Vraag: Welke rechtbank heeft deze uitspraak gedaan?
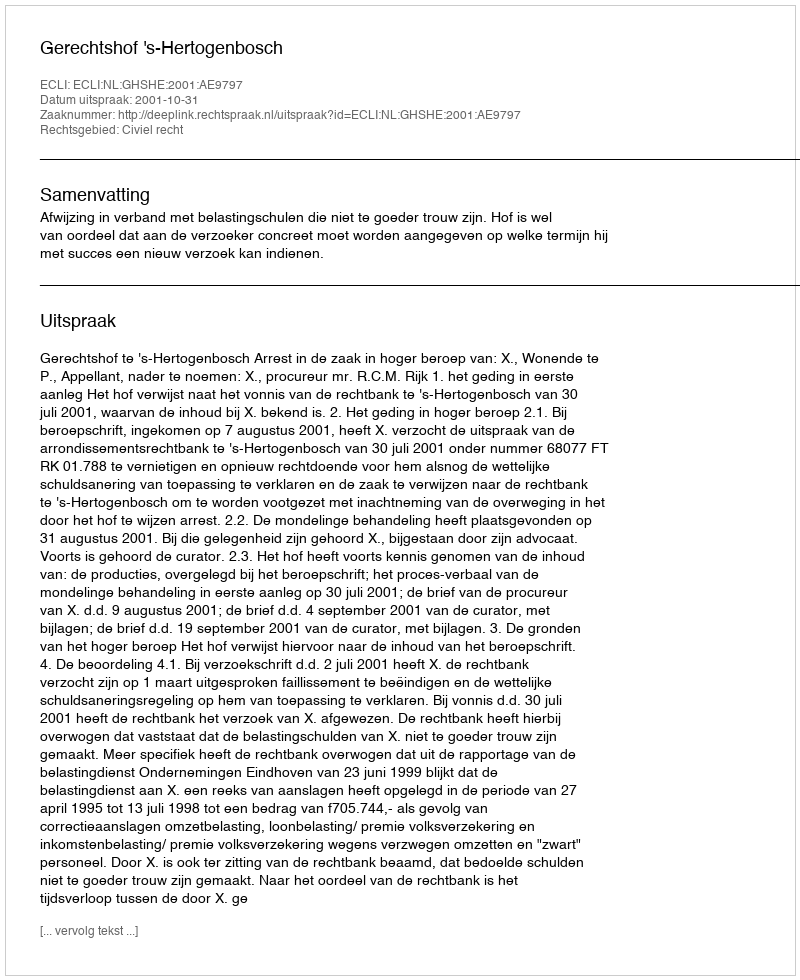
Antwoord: Gerechtshof 's-Hertogenbosch